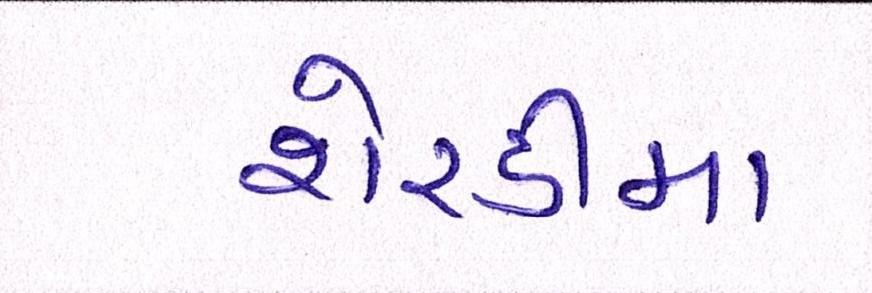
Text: શેરડીના